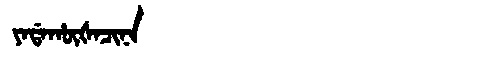
Manchu: ᠶᠠᡩᠠᡥᡡᡧᠠᠴᡳᠨᠠ
Romanization: YADAHŪŠACINA